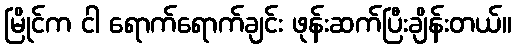
မြိုင်က ငါ ရောက်ရောက်ချင်း ဖုန်းဆက်ပြီးချိန်းတယ်။